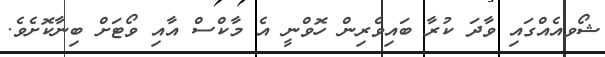
ޝޯވއެއްގައި ވާދަ ކުރާ ބައިވެރިން ހޮވްނީ އެ މާކްސް އާއި ވޯޓަށް ބިނާކޮށެވެ.